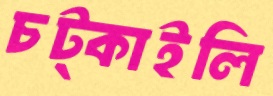
চট্‌কাইলি